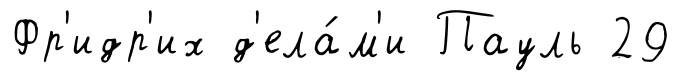
Фр'идр'их д'ела́м'и Пауль 29